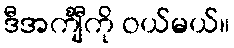
ဒီအင်္ကျီကို ဝယ်မယ်။